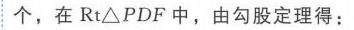
个，在$\text{Rt}\triangle PDF$中，由勾股定理得：